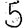
Digit: 5